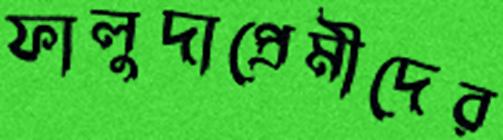
ফালুদাপ্রেমীদের